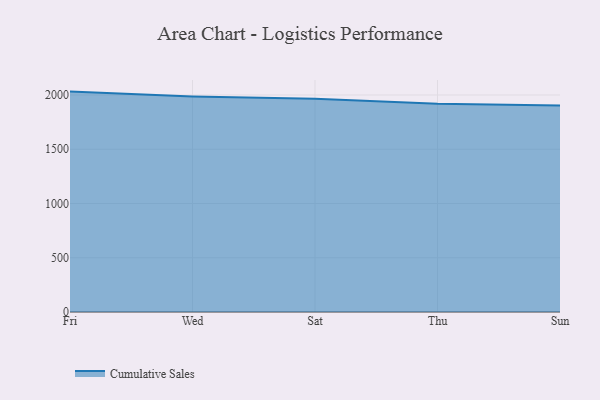
{"axis": {"x": "Day", "y": "Conversion Rate (%)"}, "legend": ["Cumulative Sales"], "data": [{"x": "Fri", "y": 2031.3, "type": "Cumulative Sales"}, {"x": "Wed", "y": 1986.6, "type": "Cumulative Sales"}, {"x": "Sat", "y": 1964.8, "type": "Cumulative Sales"}, {"x": "Thu", "y": 1919.8, "type": "Cumulative Sales"}, {"x": "Sun", "y": 1904.1, "type": "Cumulative Sales"}]}